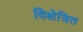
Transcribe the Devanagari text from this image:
विक्षेत्रित